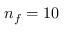
n _ { f } = 1 0